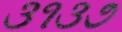
૩૧૩૭